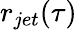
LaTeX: r_{jet}(\tau)